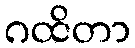
ဂထိတာ